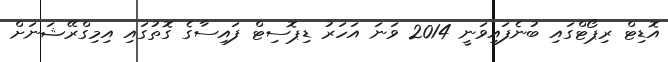
އޮޑިޓް ރިޕޯޓްގައި ބުނެފައިވަނީ 2014 ވަނަ އަހަރު ޑިޕޮސިޓް ފައިސާގެ ގޮތުގައި އިމިގްރޭޝަނަށް